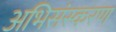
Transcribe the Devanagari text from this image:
अभिसंस्करण